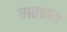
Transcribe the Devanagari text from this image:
धातवर्ध्य